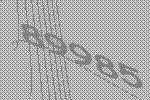
89985